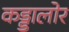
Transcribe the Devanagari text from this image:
कड्डालोर